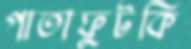
পাতাফুটকি